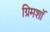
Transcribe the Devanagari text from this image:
ग्रिमशॉ